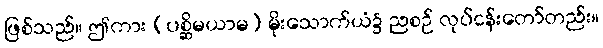
ဖြစ်သည်။ ဤကား (ပစ္ဆိမယာမ) မိုးသောက်ယံ၌ ညစဉ် လုပ်ငန်းတော်တည်း။